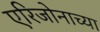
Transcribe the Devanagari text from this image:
एरिजोनाच्या